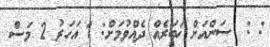
: :  ސަންއަށް ޚަބަރެއް ދެއްވުމަށް: 1 އަހަރު 2 މަސް